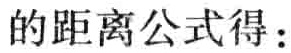
的距离公式得：